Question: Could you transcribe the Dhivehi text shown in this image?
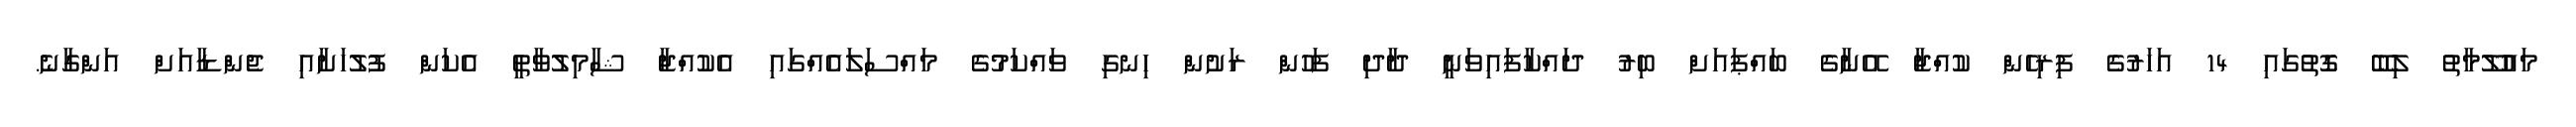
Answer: މައުލޫމާތު ލިބޭ ގޮތުގައި 14 އަހަރުގެ ފިރިހެން ކުއްޖާ އޭނާގެ ބައްޕައަށް ބިރު ދައްކާފައިވަނީ ދާދި ފަހުން ރަށުން ހިނގި ވައްކަމުގެ މައްސަލައެއްގައި އެކުއްޖާ ޝާމިލުވާތީ އެކަން ފުލުހަށާއި ޖެންޑާއަށް އަންގާނެ.